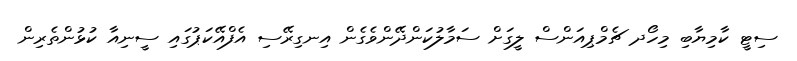
ސިޓީ ކާމިޔާބި މިހޯދ ޗެމްޕިއަންސް ލީގަށް ސަމާލުކަންދޭންވެގެން އިނގިރޭސި އެފްއޭކަޕުގައި ސީނިއާ ކުޅުންތެރިން